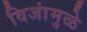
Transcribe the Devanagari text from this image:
विजांमुळे